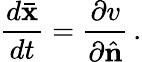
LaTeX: \frac{d\bar{\mathbf x}}{dt}=\frac{\partial v}{\partial\hat{\mathbf n}}\, .